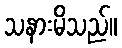
သနားမိသည်။